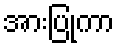
အားပြုကာ